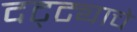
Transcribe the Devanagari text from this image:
दट्ट्याचे